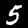
Label: 5